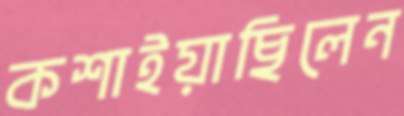
কশাইয়াছিলেন